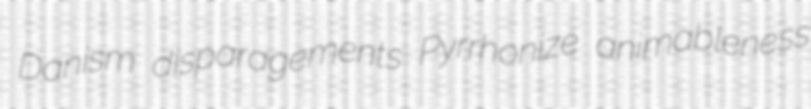
Danism disparagements Pyrrhonize animableness